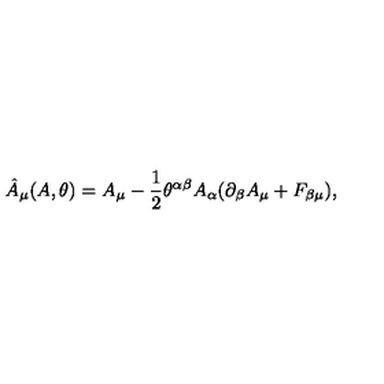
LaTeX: \hat { A } _ { \mu } ( A , \theta ) = A _ { \mu } - \frac { 1 } { 2 } \theta ^ { \alpha \beta } A _ { \alpha } ( \partial _ { \beta } A _ { \mu } + F _ { \beta \mu } ) ,